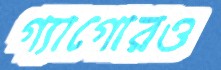
গ্যাগোরও